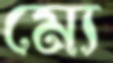
ম্যে